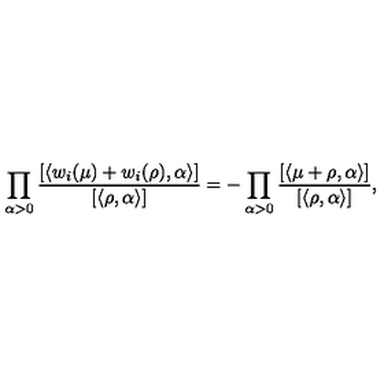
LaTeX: \prod _ { \alpha > 0 } \frac { [ \langle w _ { i } ( \mu ) + w _ { i } ( \rho ) , \alpha \rangle ] } { [ \langle \rho , \alpha \rangle ] } = - \prod _ { \alpha > 0 } \frac { [ \langle \mu + \rho , \alpha \rangle ] } { [ \langle \rho , \alpha \rangle ] } ,